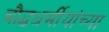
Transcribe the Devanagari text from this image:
बौद्धधर्मीयांच्या